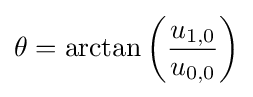
\theta =\arctan \left({\frac {u_{1,0}}{u_{0,0}}}\right)